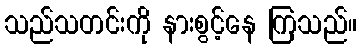
သည်သတင်းကို နားစွင့်နေ ကြသည်။